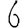
Digit: 6